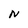
Character: N